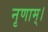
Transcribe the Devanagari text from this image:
नृणाम्‌।